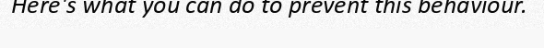
Here's what you can do to prevent this behaviour.